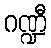
ဂဏ္ဍီ